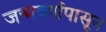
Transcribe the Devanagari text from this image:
जन्मवर्षापासून